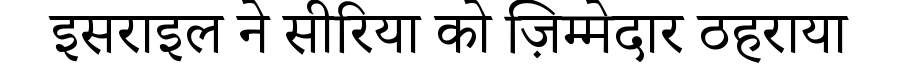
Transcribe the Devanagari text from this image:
इसराइल ने सीरिया को ज़िम्मेदार ठहराया